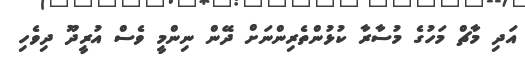
އަދި މާޗް މަހުގެ މުސާރާ ކުޅުންތެރިންނަށް ދޭން ނިންމީ ވެސް އުރީދޫ ދިވެހި